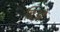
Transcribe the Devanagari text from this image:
चिओ